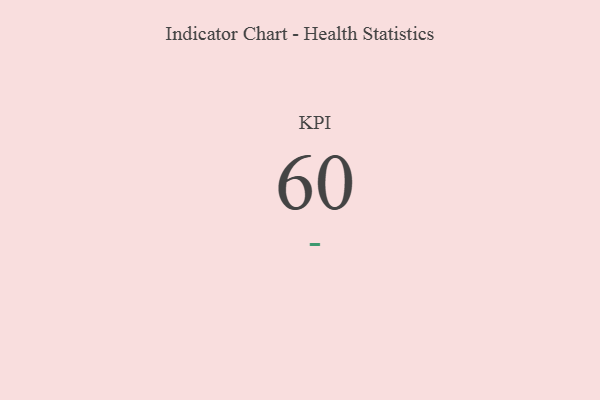
{"axis": {"x": "KPI", "y": "Value"}, "legend": [""], "data": [{"x": "KPI", "y": 60, "type": ""}]}